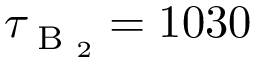
\tau _ { \textrm { B } _ { 2 } } = 1 0 3 0